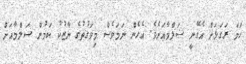
ހަމަ ރަގަޅަށް އެގޭނީ ސަލްމާއަށެވެ. އެހެން ނަމަވެސް މިވަގުތުގެ ނާޒުކު ކަމުން ސަލްމާއަށް